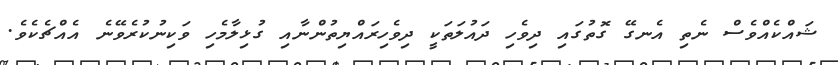
ޝައްކެއްވެސް ނެތި އެނގޭ ގޮތުގައި ދިވެހި ދައުލަތަކީ ދިވެހިރައްޔިތުންނާއި ގުޅިލާމެހި ވަކިނުކުރެވޭނެ އެއްޗެކެވެ.